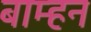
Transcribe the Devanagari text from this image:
बाम्हन